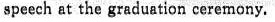
speech at the graduation ceremony.